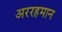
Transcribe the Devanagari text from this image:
अररहमान